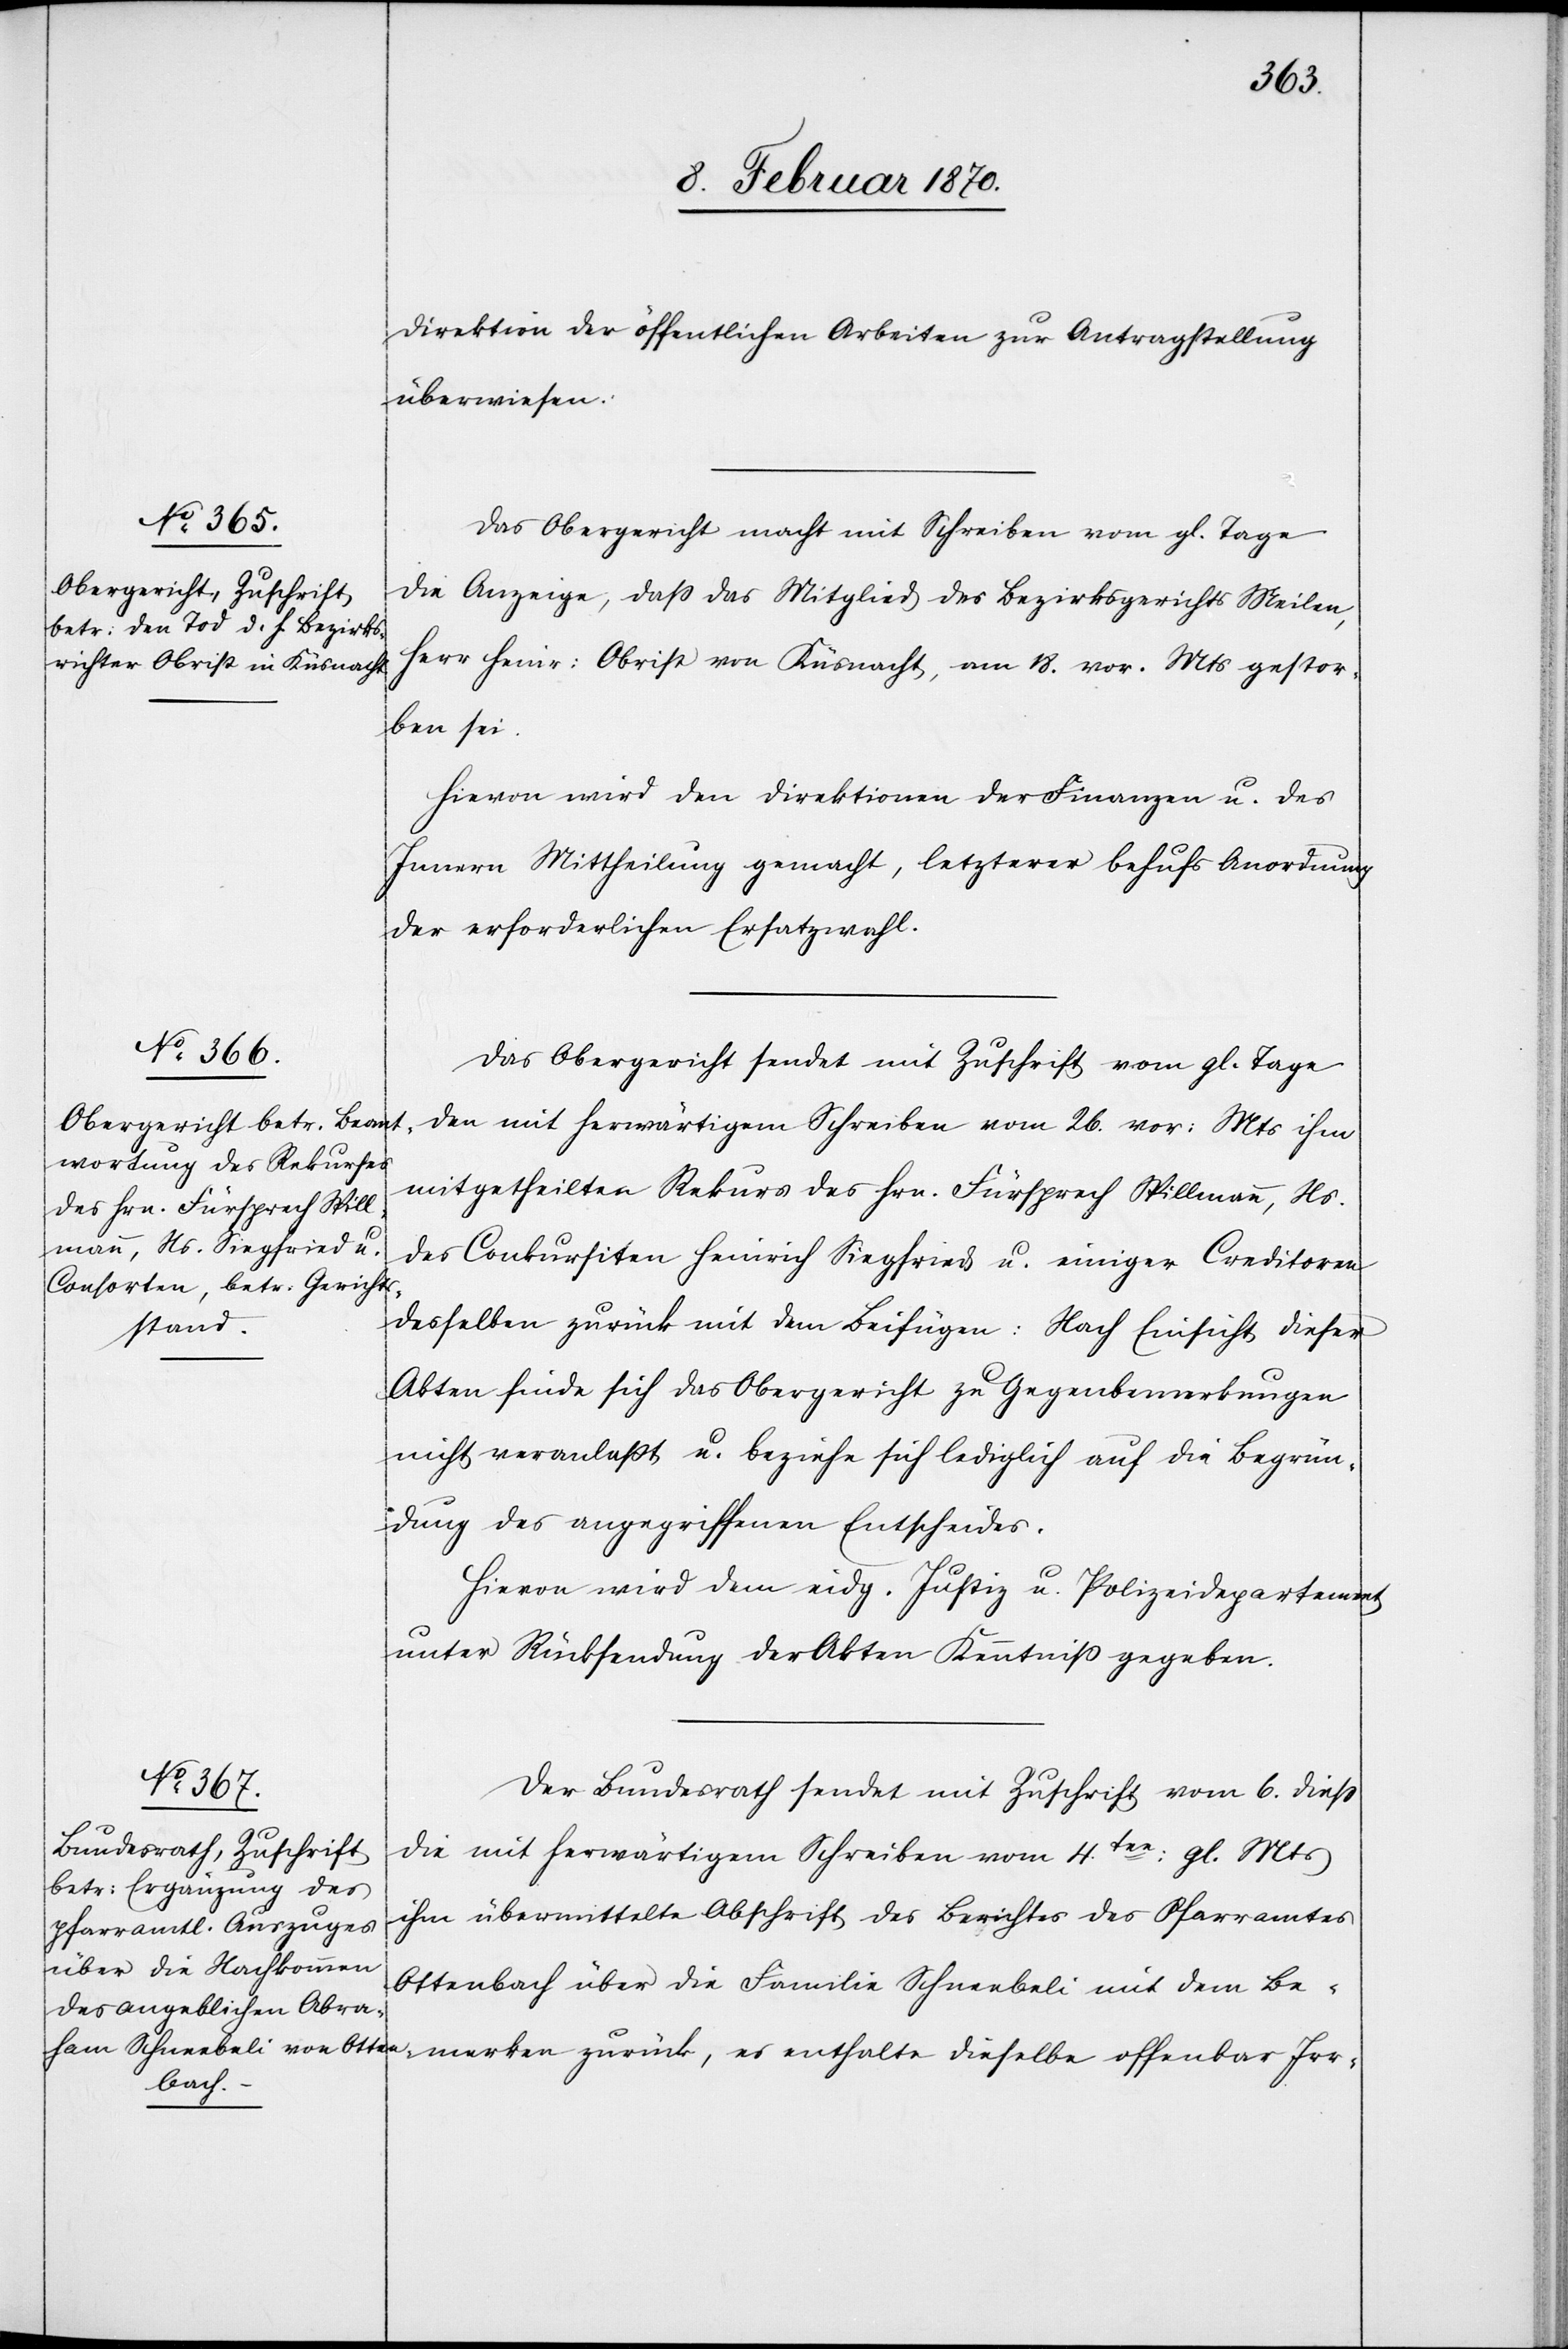
9. Februar 1870.]
Direktion der öffentlichen Arbeiten zur Antragstellung
überwiesen.
Das Obergericht macht mit Schreiben vom gl. Tage
die Anzeige, dass das Mitglied des Bezirksgerichts Meilen,
Herr Heinr: Obrist von Küsnacht, am 18. vor. Mts gestor¬
ken zurück,
Hievon wird den Direktionen der Finanzen u. des
Innern Mittheilung gemacht, letzterer behufs Anordnung
der erforderlichen Ersatzwahl.
Das Obergericht sendet mit Zuschrift vom gl. Tage
den mit herwärtigem Schreiben vom 26. vor: Mts ihm
mitgetheilten Rekurs des Hrn. Fürsprech Spillmann, Ns.
des Conkursiten Heinrich Siegfried u. einiger Creditoren
desselben zurück mit dem Beifügen: Nach Einsicht dieser
Akten finde sich das Obergericht zu Gegenbemerkungen
nicht veranlaßt u. beziehe sich lediglich auf die Begrün¬
dung des angegriffenen Entscheides.
Hievon wird dem eidg. Justiz- u. Polizeidepartement
unter Rücksendung der Akten Kenntniß gegeben.
Der Bundesrath sendet mit Zuschrift vom 6. diess
die mit herwärtigem Schreiben vom 4ten: gl. Mts
ihm übermittelte Abschrift des Berichtes des Pfarramtes
Ottenbach über die Familie Schneebeli mit dem Bemer¬